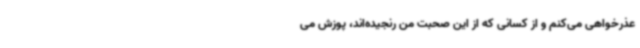
عذرخواهی می‌کنم و از کسانی که از این صحبت من رنجیده‌اند، پوزش می‌